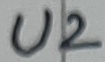
Text: U2